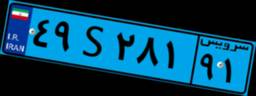
۴۹S۲۸۱۹۱